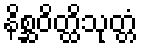
နိစ္ဆဝိတ္ထိသုတ္တံ